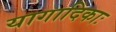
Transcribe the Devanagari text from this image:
यागादिकाः